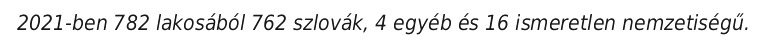
2021-ben 782 lakosából 762 szlovák, 4 egyéb és 16 ismeretlen nemzetiségű.